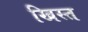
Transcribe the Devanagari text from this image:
खिस्‍त